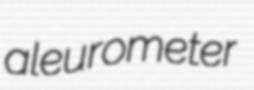
aleurometer